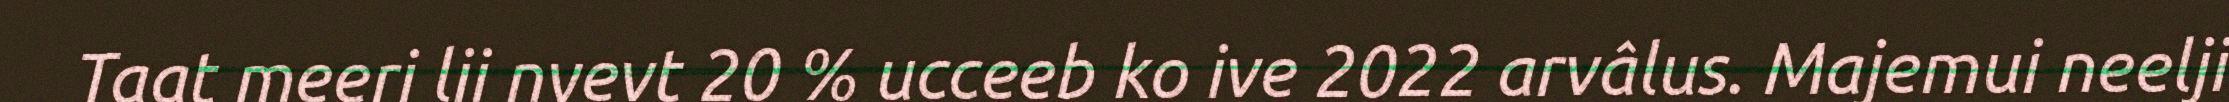
Taat meeri lii nyevt 20 % ucceeb ko ive 2022 arvâlus. Majemui neelji